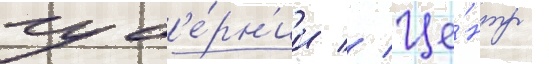
губ'е́рн'ии // Це́нтр -